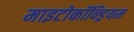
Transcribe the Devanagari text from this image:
माइटोकॉन्ड्रियम